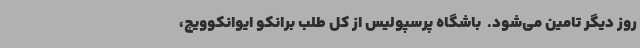
روز دیگر تامین می‌شود. ‌ باشگاه پرسپولیس از کل طلب برانکو ایوانکوویچ،